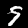
Label: 9